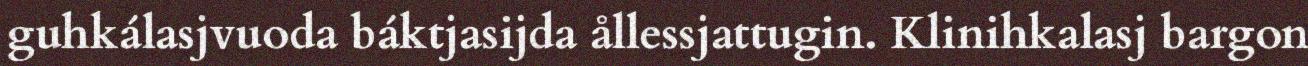
guhkálasjvuoda báktjasijda ållessjattugin. Klinihkalasj bargon